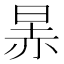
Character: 㫱